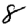
Digit: 8